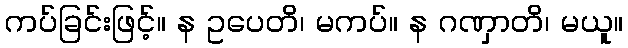
ကပ်ခြင်းဖြင့်။ န ဥပေတိ၊ မကပ်။ န ဂဏှာတိ၊ မယူ။